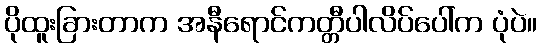
ပိုထူးခြားတာက အနီရောင်ကတ္တီပါလိပ်ပေါ်က ပုံပဲ။